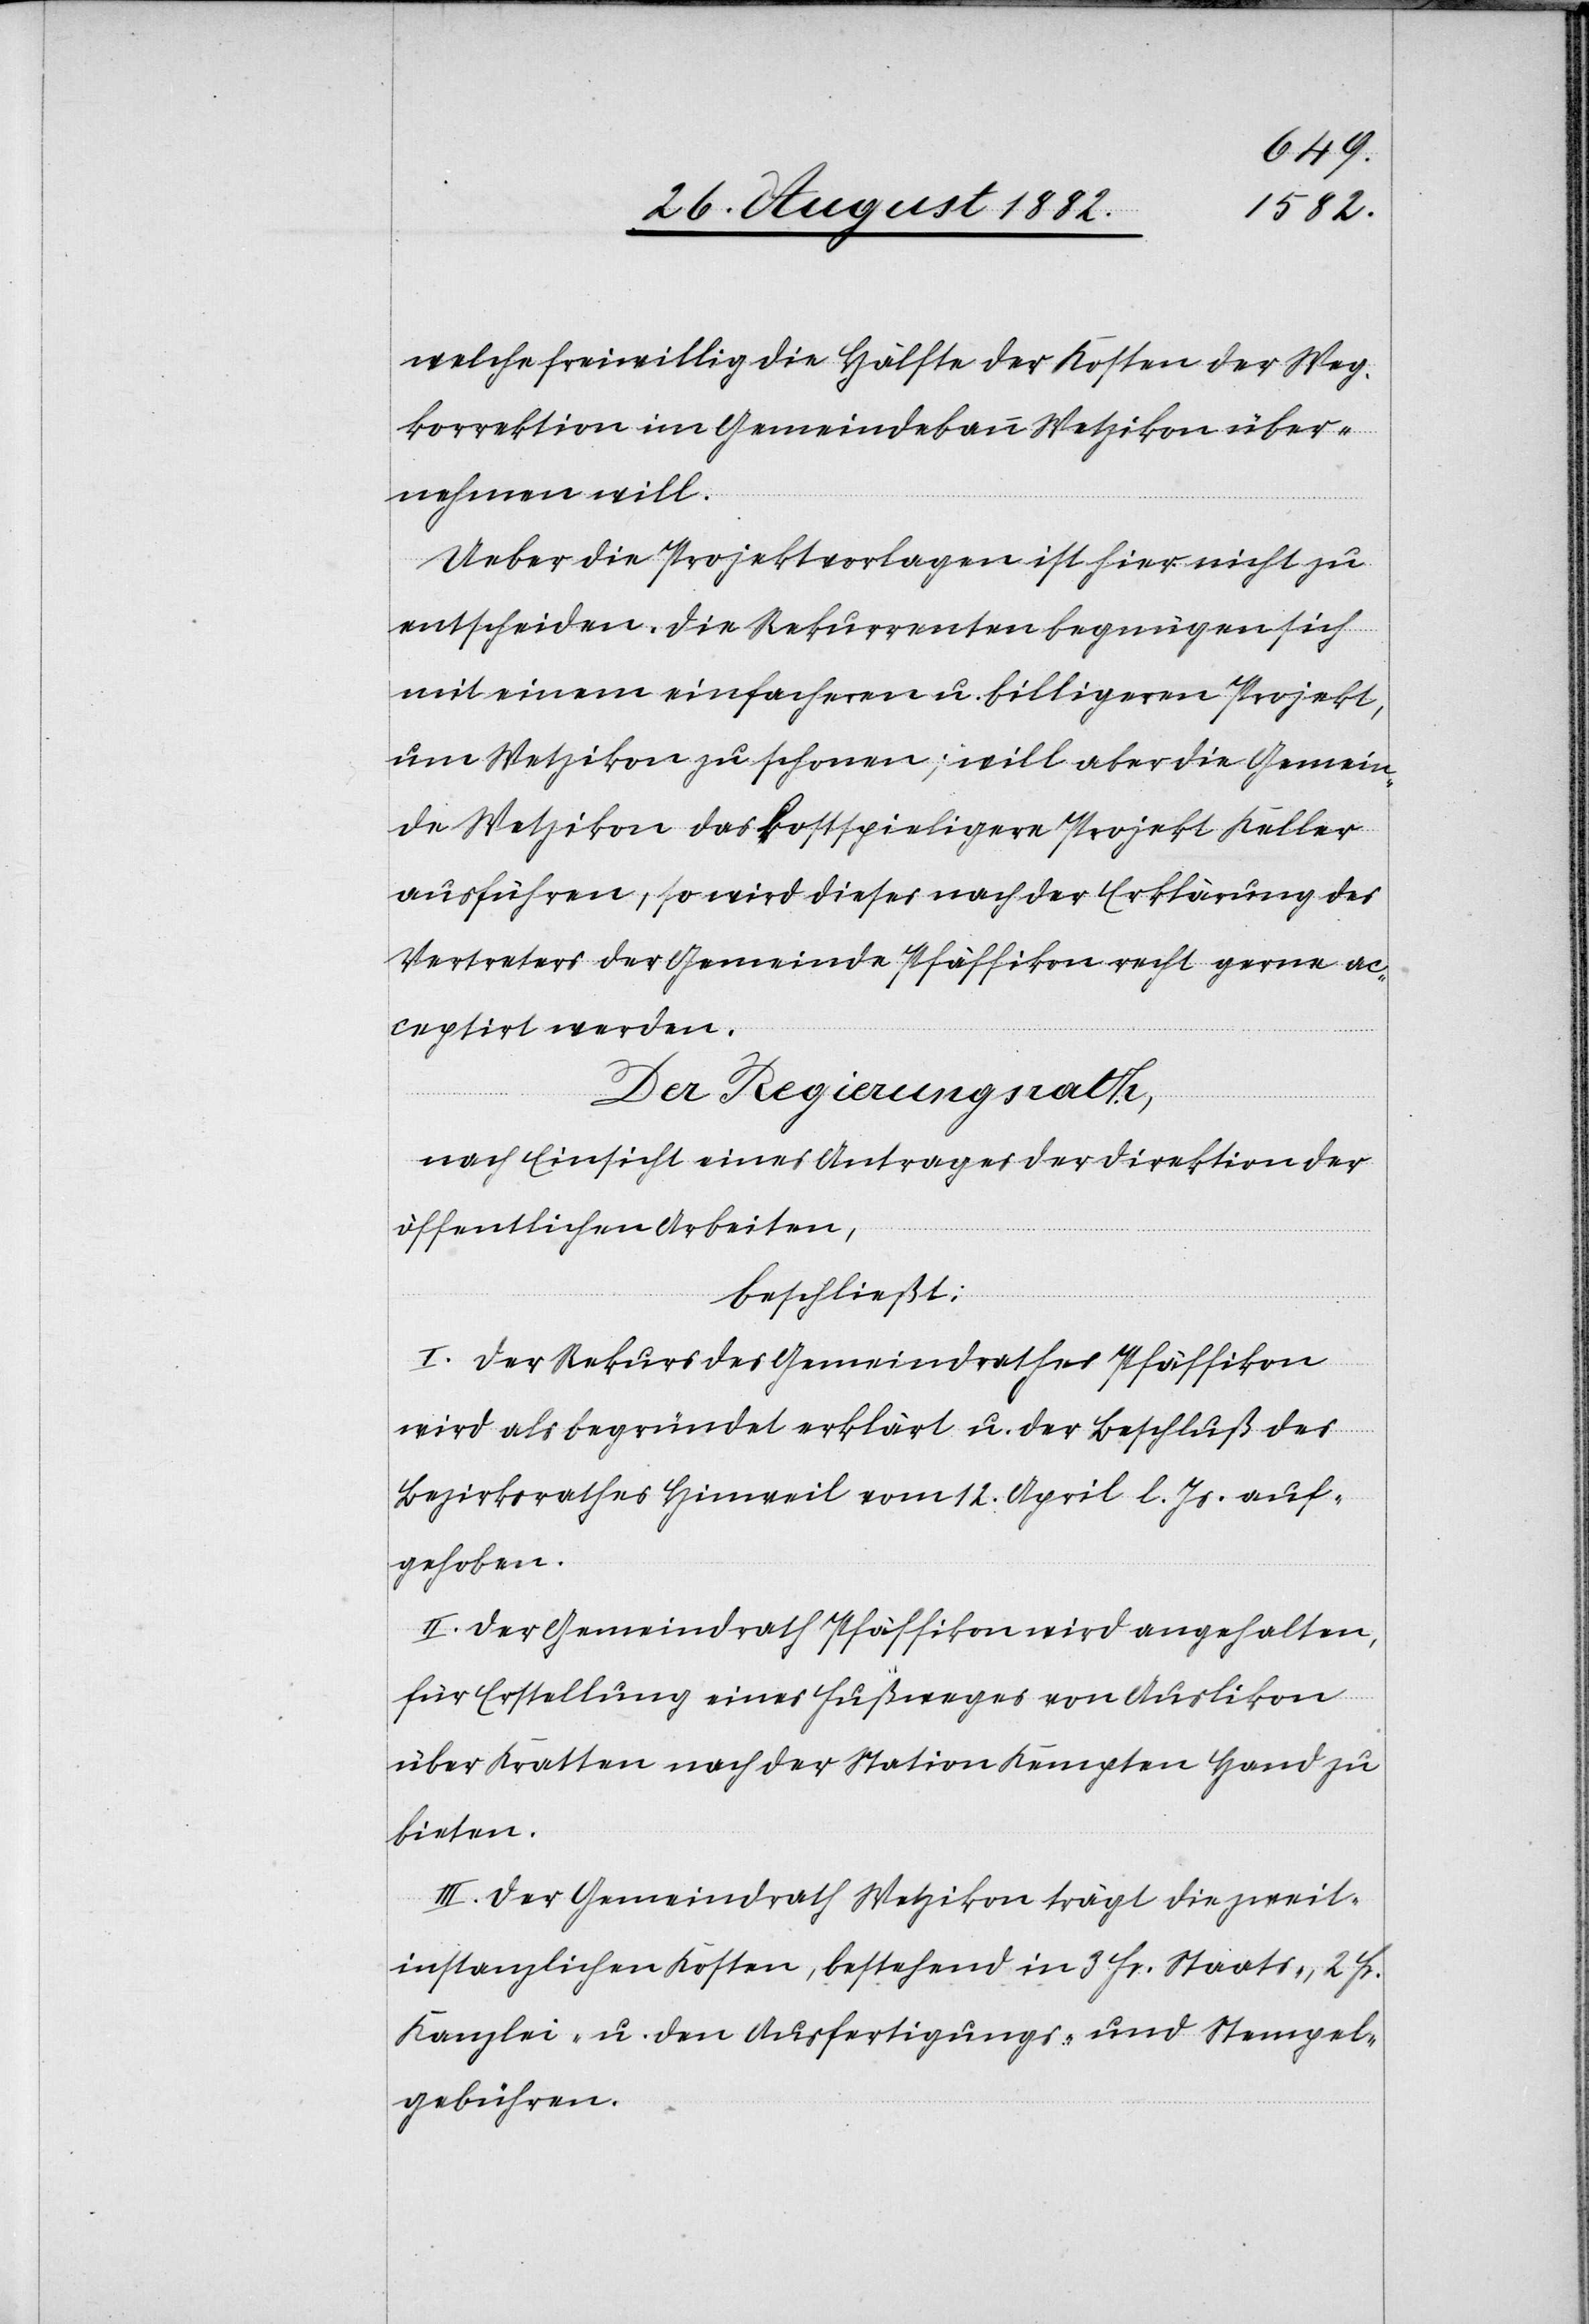
welche freiwillig die Hälfte der Kosten der Weg¬
korrektion im Gemeindebann Wetzikon über¬
nehmen will.
Ueber die Projektsvorlagen ist hier nicht zu
entscheiden. Die Rekurrenten begnügen sich
mit einem einfachern u. billigeren Projekt,
um Wetzikon zu schonen; will aber die Gemein¬
de Wetzikon das kostspieligere Projekt Keller
ausführen, so wird dieses nach der Erklärung des
Vertreters der Gemeinde Pfäffikon recht gerne ac¬
ceptirt werden.
Der Regierungsrath;
nach Einsicht eines Antrages der Direktion der
öffentlichen Arbeiten,
beschließt:
I. Der Rekurs des Gemeindrathes Pfäffikon
wird als begründet erklärt u. der Beschluß des
Bezirksrathes Hinweil vom 12. April l. Js. auf¬
gehoben.
II. Der Gemeindrath Pfäffikon wird angehalten,
für Erstellung eines Fußweges von Auslikon
über Kratten nach der Station Kempten Hand zu
bieten.
III. Der Gemeindrath Wetzikon trägt die zweit¬
instanzlichen Kosten, bestehend in 3 Fr. Staats, 2 Fr.
Kanzlei- u. den Ausfertigungs- und Stempel¬
gebühren.